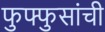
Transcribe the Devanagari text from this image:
फुफ्फुसांची